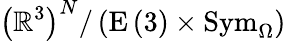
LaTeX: \left(\mathbb{R}^{3}\right)^{N}/\left(\mathrm{E}\left(3\right)\times\mathrm{Sym}_{\Omega}\right)